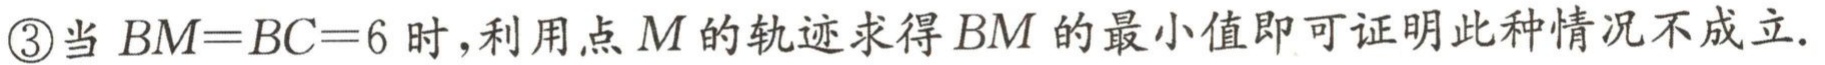
\textcircled{3}当 \(BM = BC = 6\) 时，利用点 \(M\) 的轨迹求得 \(BM\) 的最小值即可证明此种情况不成立.